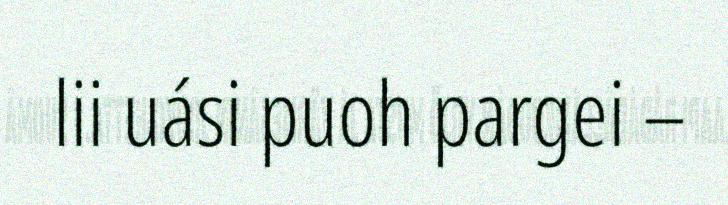
lii uási puoh pargei –